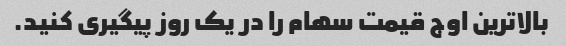
بالاترین اوج قیمت سهام را در یک روز پیگیری کنید.